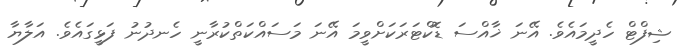
ޝިފްޓް ހެދީމައެވެ. އޭނަ ޚާއްސަ ޑޮކްޓަރަކަށްވީމަ އޭނަ މަސައްކަތްކުރާނީ ހެނދުނު ފަޅީގައެވެ. އަލާޔާ